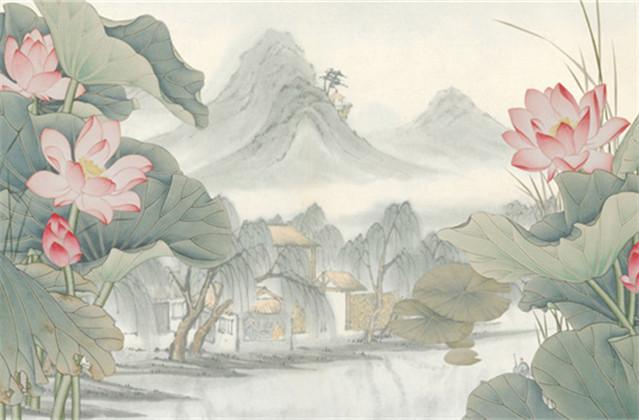
桑柘影斜春社散，家家扶得醉人归。